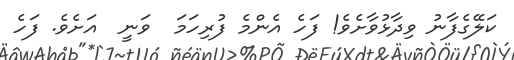
ކަލޭގެފާނު ވިދާޅުވާށެވެ! ފަހެ އެންމެ ފުރިހަމަ  ވަނީ  އަށެވެ. ފަހެ